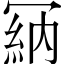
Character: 𠖘